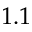
1 . 1